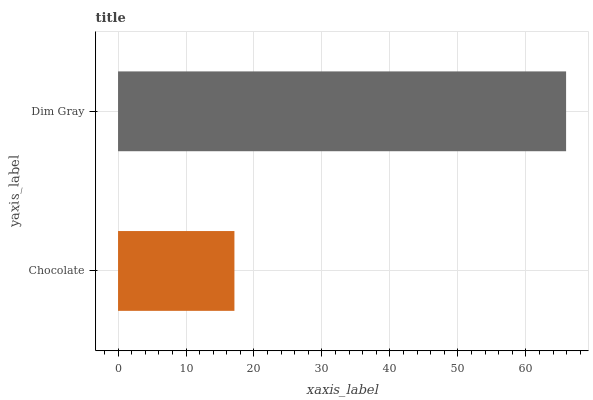
| yaxis_label | bars |
 | --- | --- |
 | Chocolate | 17.1 |
 | Dim Gray | 65.9 |